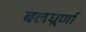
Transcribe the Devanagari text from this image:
बलघूर्णा